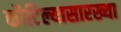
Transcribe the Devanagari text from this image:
कौटिल्यासारख्या